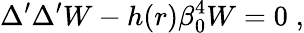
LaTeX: \Delta^{\prime}\Delta^{\prime}W-h(r)\beta_{0}^{4}W=0\; ,